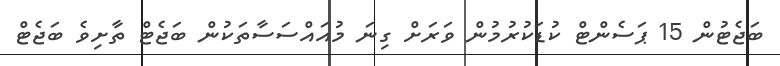
ބަޖެޓުން 15 ޕަސެންޓް ކުޑަކުރުމުން ވަރަށް ގިނަ މުއައްސަސާތަކުން ބަޖެޓް ތާށިވެ ބަޖެޓް